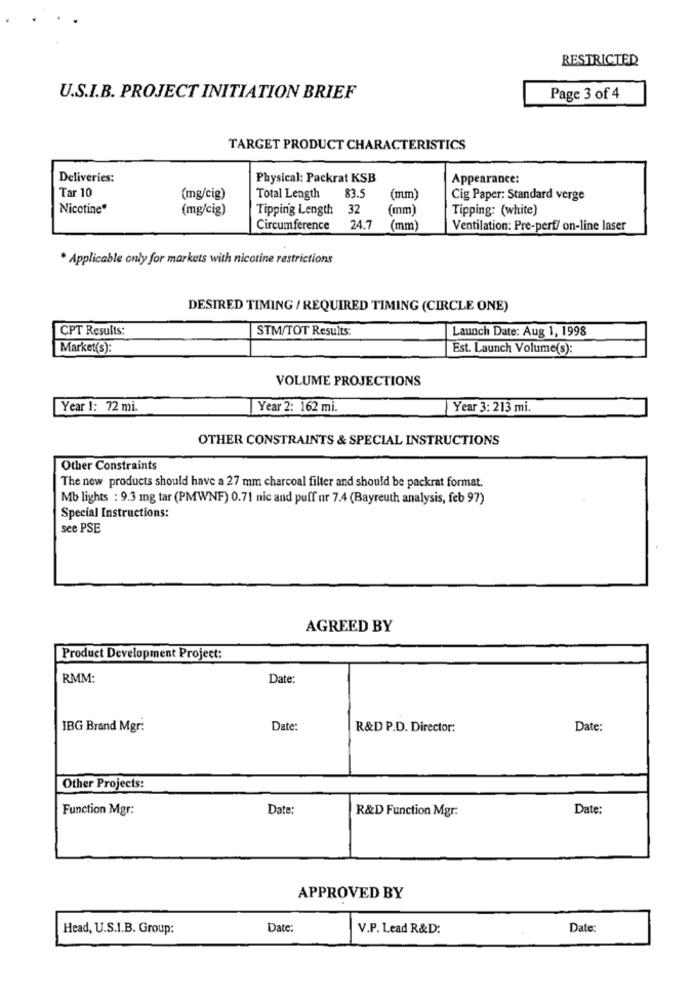
RESTRICTED
U.S.I.B. PROJECT INITIATION BRIEF
Page 3 of 4
TARGET PRODUCT CHARACTERISTICS
Deliveries:
Physical: Packrat KSB
Appearance:
Tar 10
(mg/cig)
Total Length
83.5
(mm)
Cig Paper: Standard verge
Nicotine"
(mg/cig)
Tipping Length
32
(mm)
Tipping: (white)
Circumference
24.7
(mm)
Ventilation: Pre-perf/ on-line laser
* Applicable only for markets with nicotine restrictions
DESIRED TIMING / REQUIRED TIMING (CIRCLE ONE)
CPT Results:
STM/TOT Results:
Launch Date: Aug 1, 1998
Market(s):
Est. Launch Volume(s):
VOLUME PROJECTIONS
Year 1: 72 mi.
Year 2: 162 mi.
Year 3: 213 mi.
OTHER CONSTRAINTS & SPECIAL INSTRUCTIONS
Other Constraints
The new products should have a 27 mm charcoal filter and should be packrat format.
Mb lights : 9.3 mg tar (PMWNF) 0.71 nic and puff ur 7.4 (Bayreuth analysis, feb 97)
Special Instructions:
see PSE
AGREED BY
Product Development Project:
RMM:
Date:
IBG Brand Mgr:
Date:
R&D P.D. Director:
Date:
Other Projects:
Function Mgr:
Date:
R&D Function Mgr:
Date:
APPROVED BY
Head, U.S.I.B. Group:
Date:
V.P. Lead R&D:
Date: